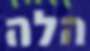
הלה